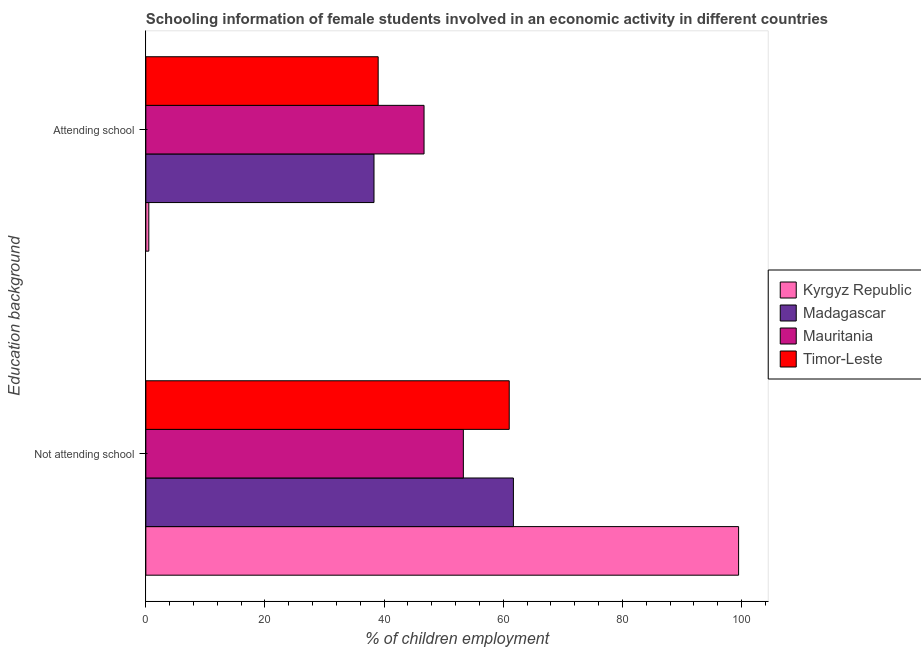
| Education background | Kyrgyz Republic | Madagascar | Mauritania | Timor-Leste |
 | --- | --- | --- | --- | --- |
 | Not attending school | 99.5 | 61.7 | 53.3 | 61 |
 | Attending school | 0.5 | 38.3 | 46.7 | 39 |